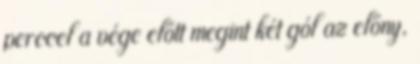
perccel a vége előtt megint két gól az előny,